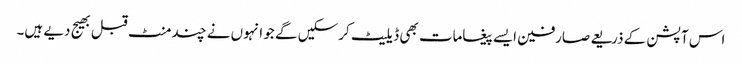
اس آپشن کے ذریعے صارفین ایسے پیغامات بھی ڈیلیٹ کرسکیں گے جو انہوں نے چند منٹ قبل بھیج دیے ہیں۔